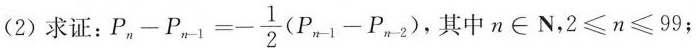
(2)求证 $$:P _ { n } - P _ { n - 1 } = - \frac { 1 } { 2 } ( P_ { n - 1 } - P _ { n - 2 } )$$ ，其中n\in N，$$2 ≤ n ≤ 9 9$$；